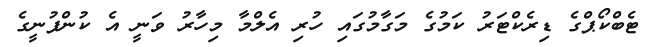
ޓެބްކޯޕްގެ ޑިރެކްޓަރު ކަމުގެ މަގާމުގައި ހުރި އެލްމާ މިހާރު ވަނީ އެ ކުންފުނީގެ